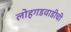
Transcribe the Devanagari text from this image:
लोहगडवाडीची